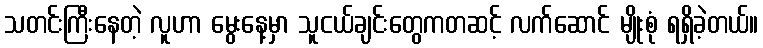
သတင်းကြီးနေတဲ့ လူဟာ မွေးနေ့မှာ သူငယ်ချင်းတွေကတဆင့် လက်ဆောင် မျိုးစုံ ရရှိခဲ့တယ်။